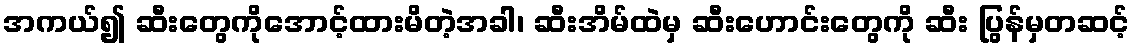
အကယ်၍ ဆီးတွေကိုအောင့်ထားမိတဲ့အခါ၊ ဆီးအိမ်ထဲမှ ဆီးဟောင်းတွေကို ဆီး ပြွန်မှတဆင့်